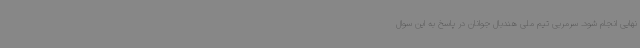
نهایی انجام شود. سرمربی تیم ملی هندبال جوانان در پاسخ به این سوال